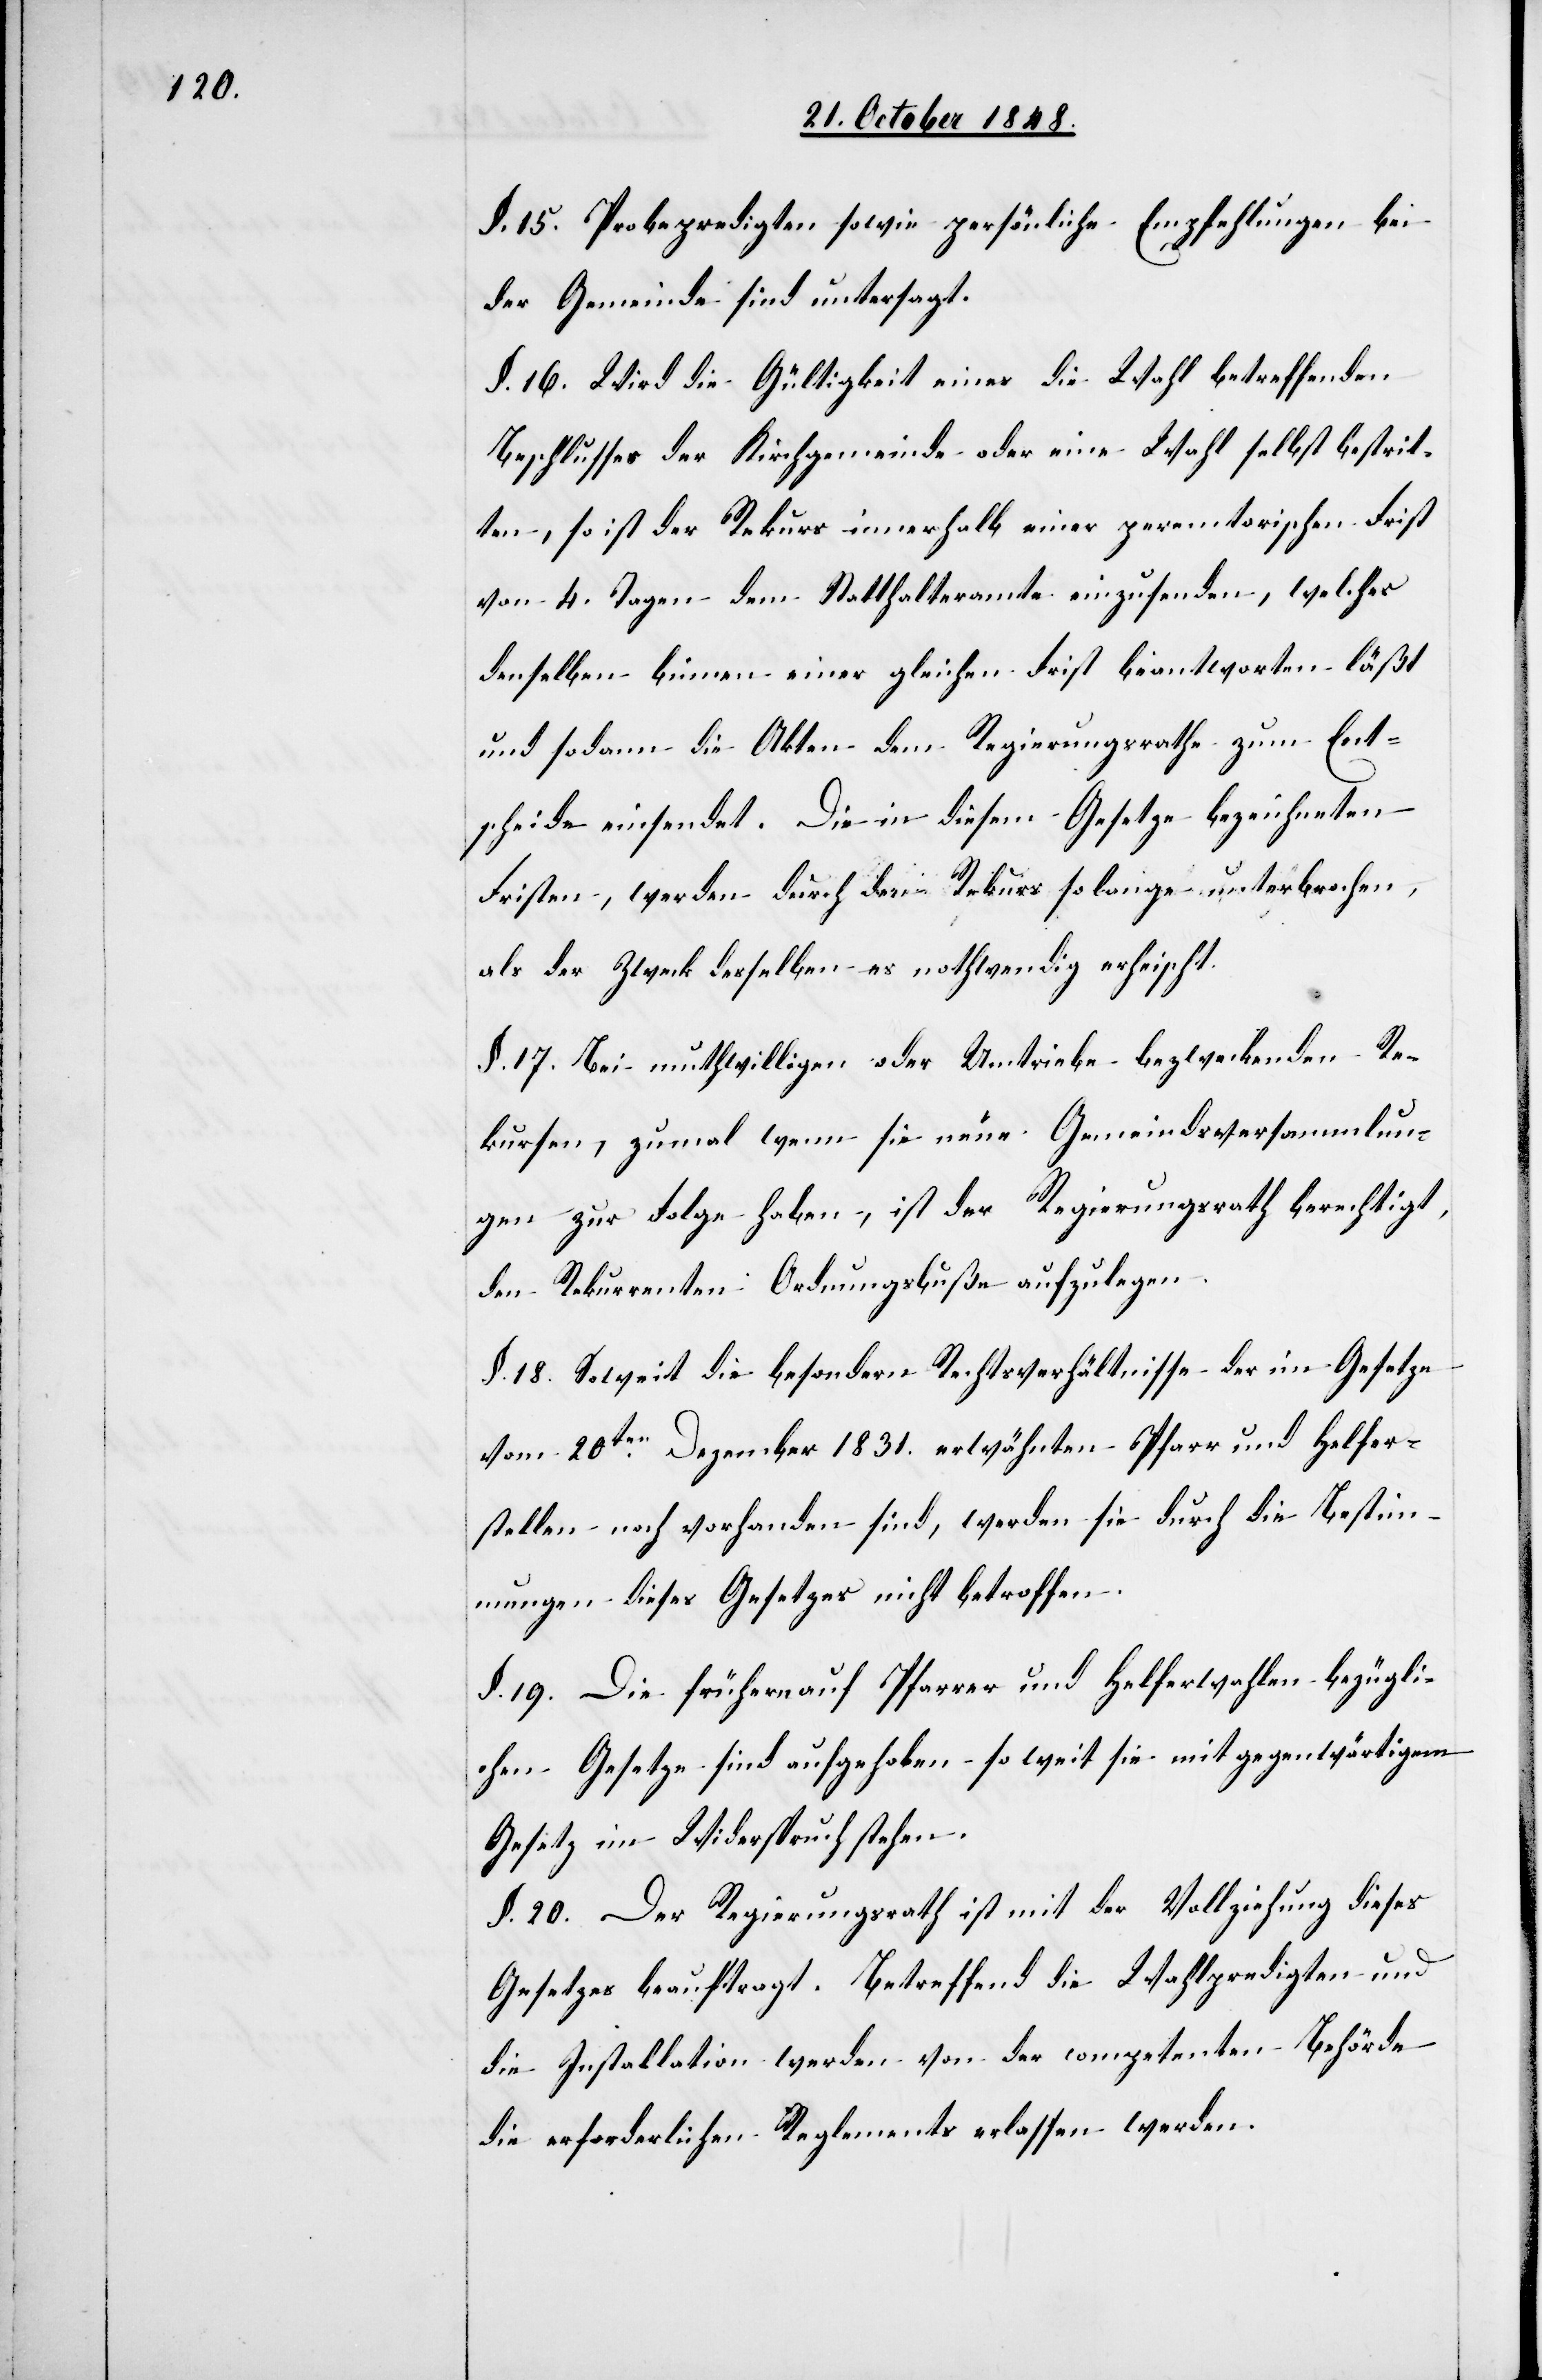
§. 15. Probepredigten sowie persönliche Empfehlungen bei
der Gemeinde sind untersagt.
§. 16. Wird die Gültigkeit eines die Wahl betreffenden
Beschlusses der Kirchgemeinde oder eine Wahl selbst bestrit¬
ten, so ist der Rekurs innerhalb einer peremtorischen Frist
von 4. Tagen dem Statthalteramt einzusenden, welches
denselben binnen einer gleichen Frist beantworten läßt
und sodann die Akten dem Regierungsrathe zum Ent¬
scheide einsendet. Die in diesem Gesetze bezeichneten
Fristen, werden durch den Rekurs so lange unterbrochen,
als der Zweck desselben es nothwendig erheischt.
§. 17. Bei muthwilligen oder Umtriebe bezweckenden Re¬
kursen, zumal wenn sie neue Gemeindsversammlun¬
gen zur Folge haben, ist der Regierungsrath berechtigt,
den Rekurrenten Ordnungsbuße aufzulegen.
§. 18. Soweit die besondern Rechtsverhältnisse der im Gesetze
vom 20ten Dezember 1831. erwähnten Pfarr und Helfer¬
stellen noch vorhanden sind, werden sie durch die Bestim¬
mungen dieses Gesetzes nicht betroffen.
§. 19. Die frühern auf Pfarrer und Helferwahlen bezügli¬
chen Gesetze sind aufgehoben so weit sie mit gegenwärtigem
Gesetz im Widerspruch stehen.
§. 20. Der Regierungsrath ist mit der Vollziehung dieses
Gesetzes beauftragt. Betreffend die Wahlpredigten und
die Installation werden von der competenten Behörde
die erforderlichen Reglements erlassen werden.